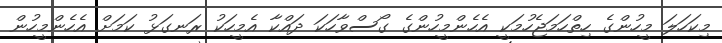
މިކަހަލަ މީހުންގެ ހިތްހަމަޖެހުމަކީ އެހެންމީހުންގެ ގޯސްވާހަކަ ދައްކާ އެމީހަކު ރަނގަޅު ކަމަށް އެހެންމީހުން